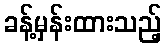
ခန့်မှန်းထားသည့်